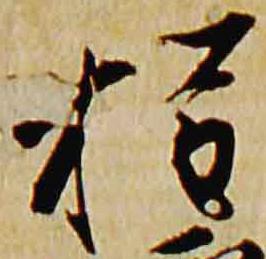
権